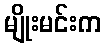
မျိုးမင်းက